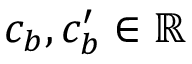
c _ { b } , c _ { b } ^ { \prime } \in \mathbb { R }